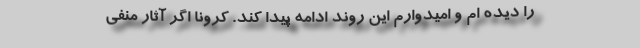
را دیده ام و امیدوارم این روند ادامه پیدا کند. کرونا اگر آثار منفی